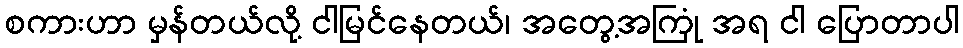
စကားဟာ မှန်တယ်လို့ ငါမြင်နေတယ်၊ အတွေ့အကြုံ အရ ငါ ပြောတာပါ